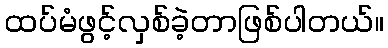
ထပ်မံဖွင့်လှစ်ခဲ့တာဖြစ်ပါတယ်။